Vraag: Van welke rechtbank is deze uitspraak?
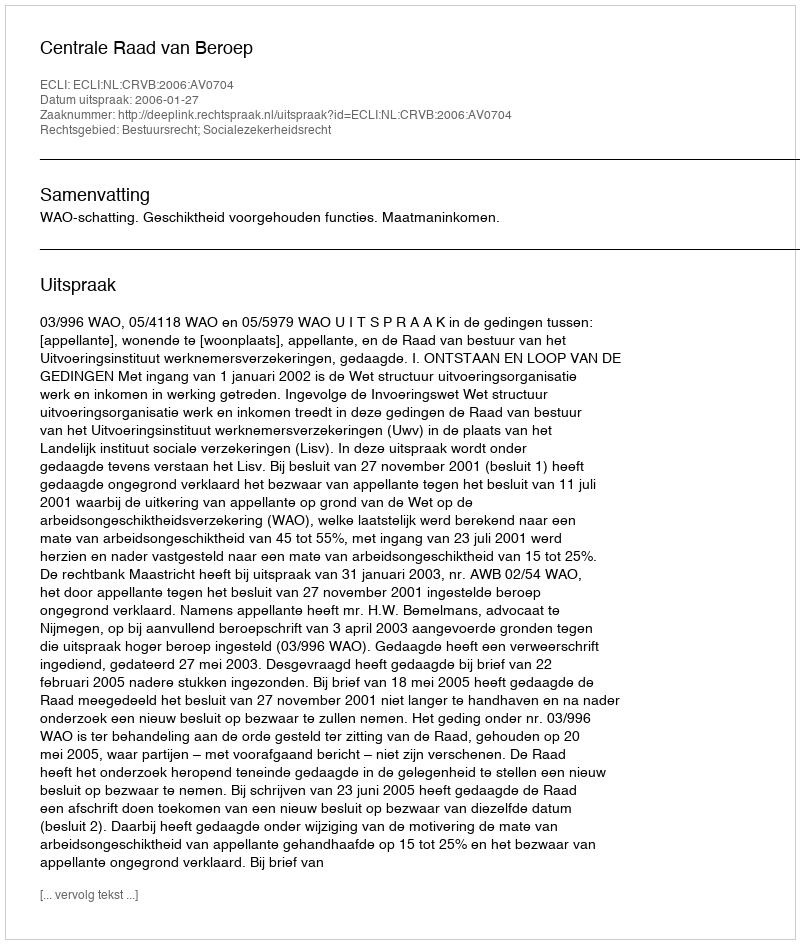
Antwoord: Centrale Raad van Beroep